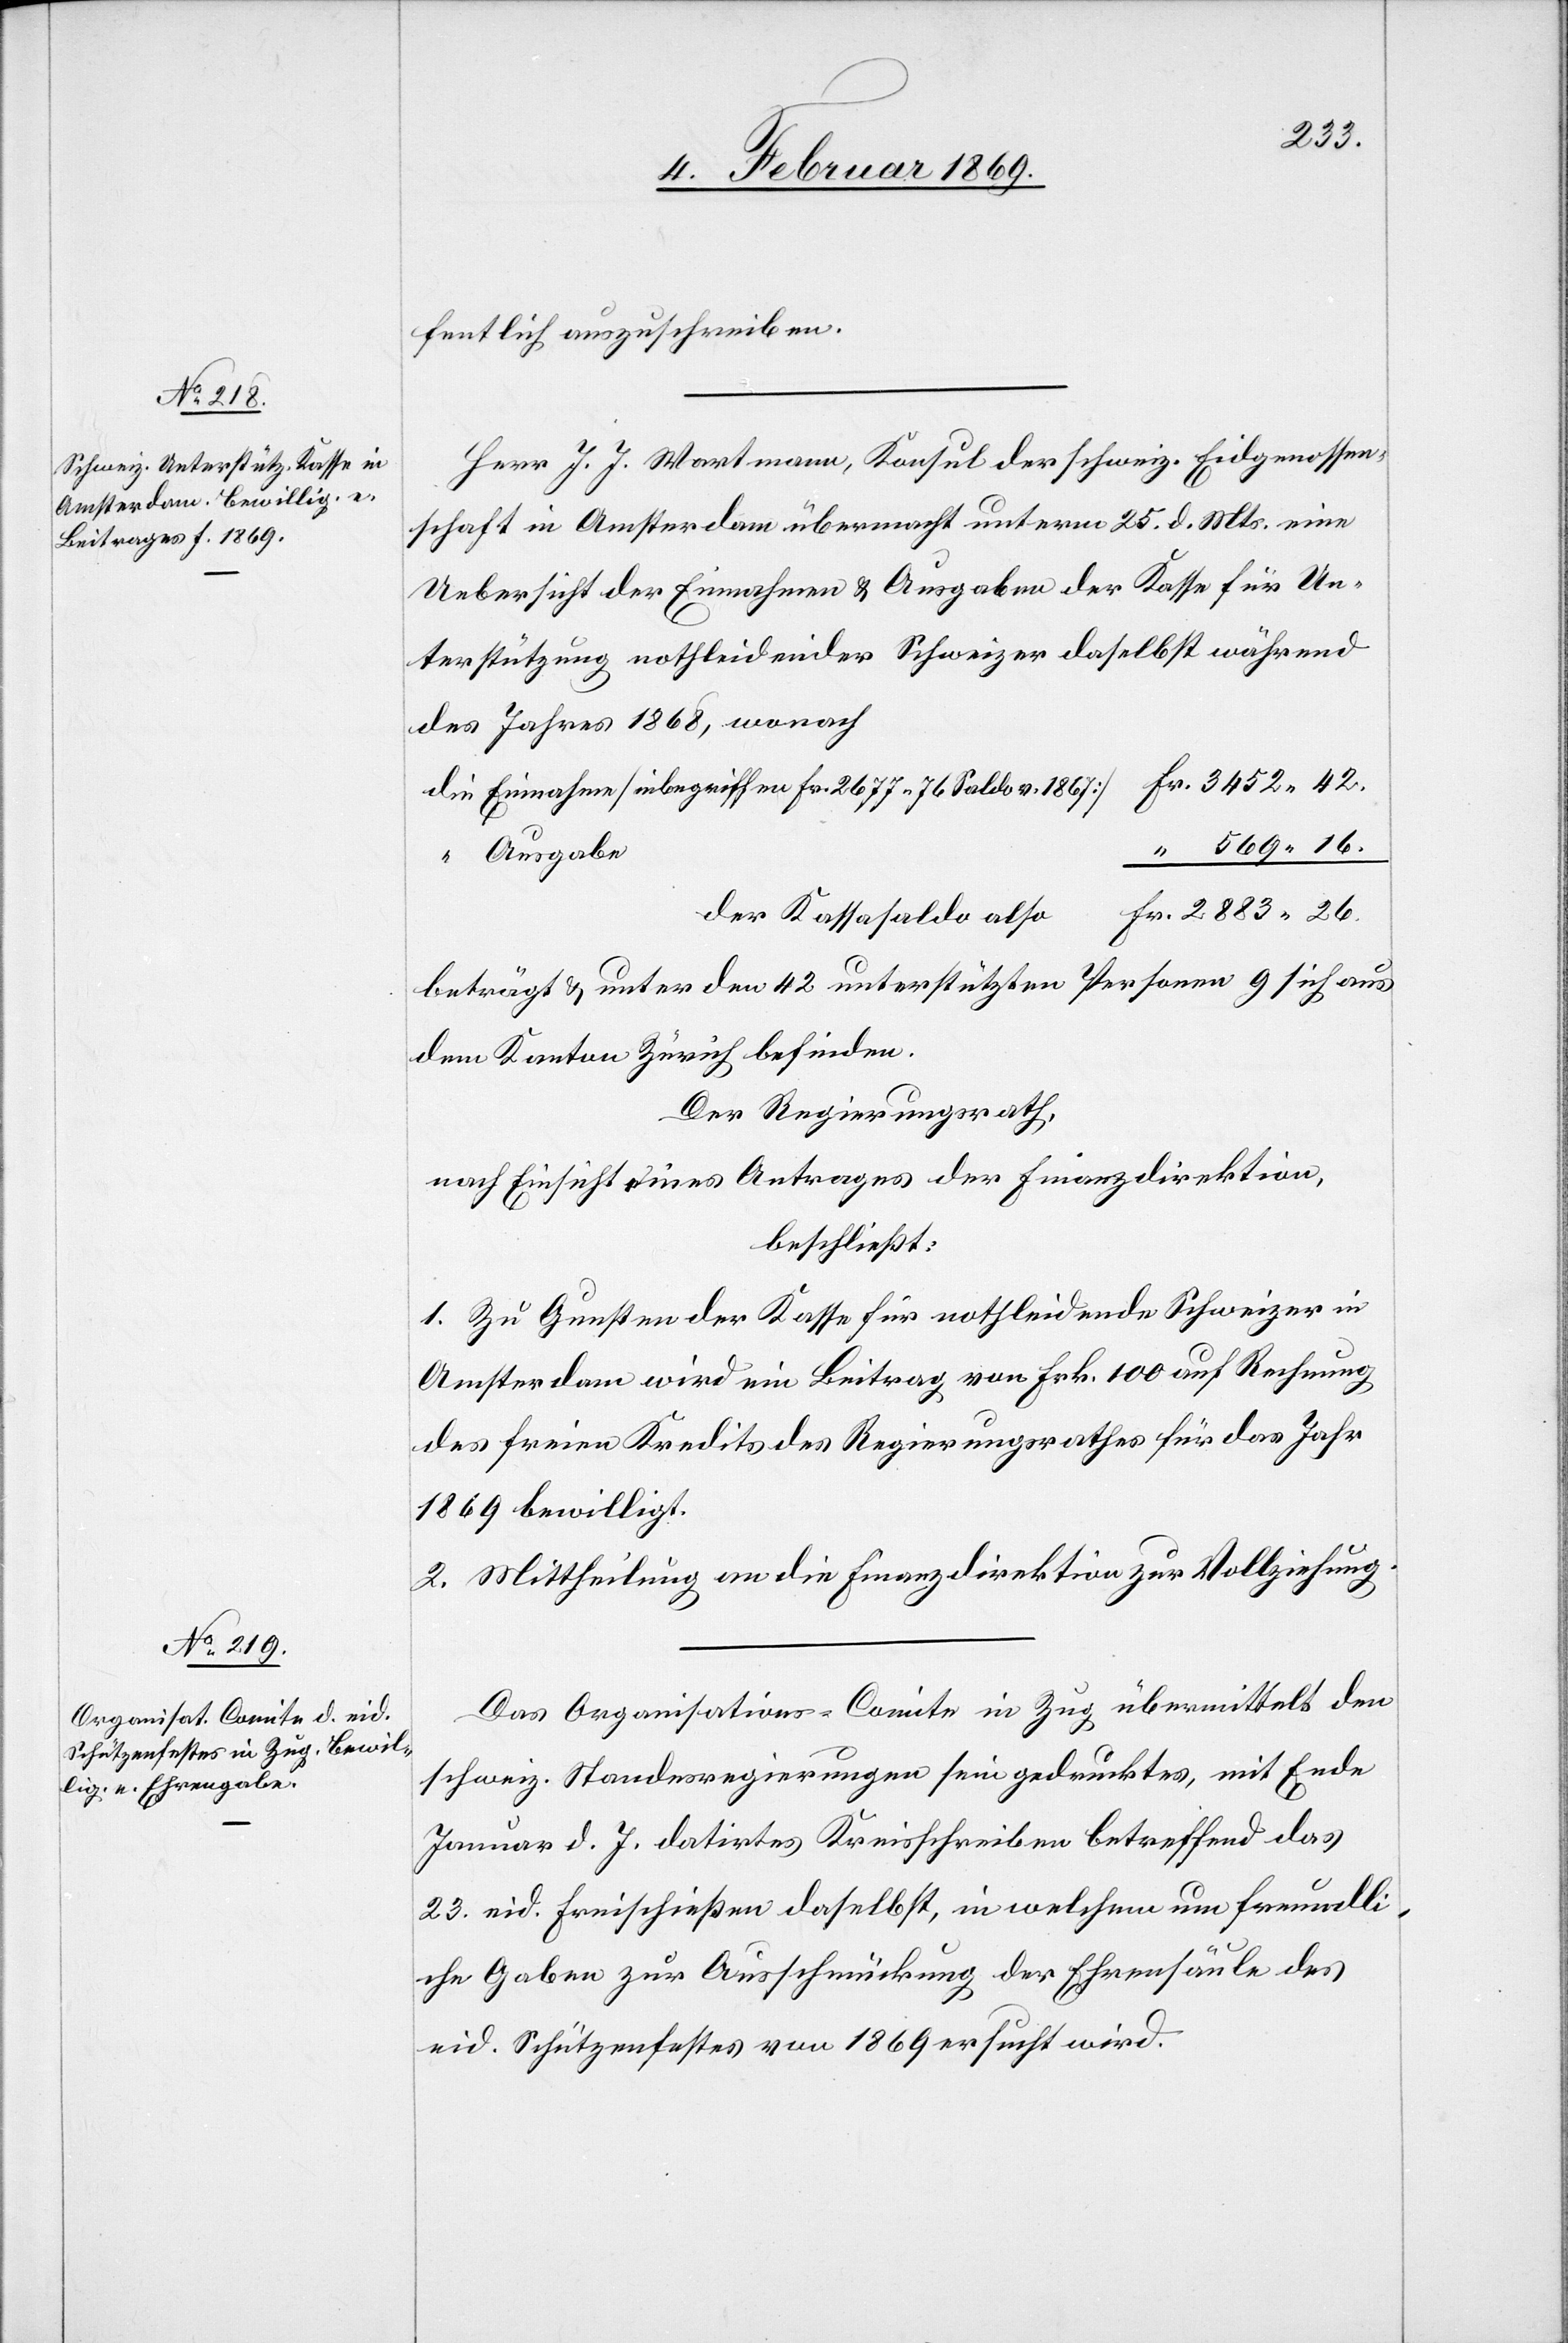
fentlich auszuschreiben.
Herr J. J. Wartmann, Konsul der schweiz. Eidgenossen¬
schaft in Amsterdam übermacht unterm 25 d. Mts. eine
Uebersicht der Einnahmen u. Ausgaben der Kasse für Un¬
terstützung nothleidender Schweizer daselbst während
des Jahres 1868, wonach
Fr. 3452.42
die Einnahme [inbegriffen Fr. 2677.76 Saldo v. 1867]
Fr. 2883.26
der Kassasaldo also
beträgt u. unter dem 42 unterstützten Personen 9 sich aus
dem Kanton Zürich befinden.
Der Regierungsrath,
nach Einsicht eines Antrages der Finanzdirektion,
beschließt:
1. Zu Gunsten der Kasse für nothleidende Schweizer in
Amsterdam wird ein Beitrag von Frk. 100 auf Rechnung
des freien Kredits des Regierungsrathes für das Jahr
1869 bewilligt.
2. Mittheilung an die Finanzdirektion zur Vollziehung.
Das Organisations-Comite in Zug übermittelt den
schweiz. Standesregierungen sein gedrucktes, mit Ende
Januar d. J. datirtes Kreisschreiben betreffend das
23. eid. Freischießen daselbst, in welchem um freundli¬
che Gaben zur Ausschmückung der Ehrensäule des
eid. Schützenfestes vom 1869 ersucht wird.